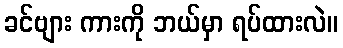
ခင်ဗျား ကားကို ဘယ်မှာ ရပ်ထားလဲ။